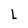
Character: L